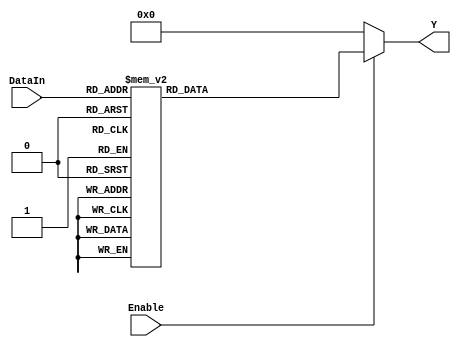
`timescale 1ns / 1ps

/// @brief 532
module Decoder5T32(
    input [4: 0] DataIn,
    input Enable,
    output reg [31: 0] Y);

    always @(Enable or DataIn) begin
        if (Enable) begin case(DataIn)
            5'b00000 : Y <= 32'b00000000000000000000000000000001;
            5'b00001 : Y <= 32'b00000000000000000000000000000010;
            5'b00010 : Y <= 32'b00000000000000000000000000000100;
            5'b00011 : Y <= 32'b00000000000000000000000000001000;
            5'b00100 : Y <= 32'b00000000000000000000000000010000;
            5'b00101 : Y <= 32'b00000000000000000000000000100000;
            5'b00110 : Y <= 32'b00000000000000000000000001000000;
            5'b00111 : Y <= 32'b00000000000000000000000010000000;
            5'b01000 : Y <= 32'b00000000000000000000000100000000;
            5'b01001 : Y <= 32'b00000000000000000000001000000000;
            5'b01010 : Y <= 32'b00000000000000000000010000000000;
            5'b01011 : Y <= 32'b00000000000000000000100000000000;
            5'b01100 : Y <= 32'b00000000000000000001000000000000;
            5'b01101 : Y <= 32'b00000000000000000010000000000000;
            5'b01110 : Y <= 32'b00000000000000000100000000000000;
            5'b01111 : Y <= 32'b00000000000000001000000000000000;
            5'b10000 : Y <= 32'b00000000000000010000000000000000;
            5'b10001 : Y <= 32'b00000000000000100000000000000000;
            5'b10010 : Y <= 32'b00000000000001000000000000000000;
            5'b10011 : Y <= 32'b00000000000010000000000000000000;
            5'b10100 : Y <= 32'b00000000000100000000000000000000;
            5'b10101 : Y <= 32'b00000000001000000000000000000000;
            5'b10110 : Y <= 32'b00000000010000000000000000000000;
            5'b10111 : Y <= 32'b00000000100000000000000000000000;
            5'b11000 : Y <= 32'b00000001000000000000000000000000;
            5'b11001 : Y <= 32'b00000010000000000000000000000000;
            5'b11010 : Y <= 32'b00000100000000000000000000000000;
            5'b11011 : Y <= 32'b00001000000000000000000000000000;
            5'b11100 : Y <= 32'b00010000000000000000000000000000;
            5'b11101 : Y <= 32'b00100000000000000000000000000000;
            5'b11110 : Y <= 32'b01000000000000000000000000000000;
            5'b11111 : Y <= 32'b10000000000000000000000000000000;
            endcase end 
        else           Y <= 32'b00000000000000000000000000000000;
    end
endmodule